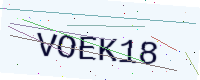
Text: VOEK18